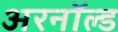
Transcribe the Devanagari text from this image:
अरनॉल्‍ड